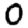
Digit: 0